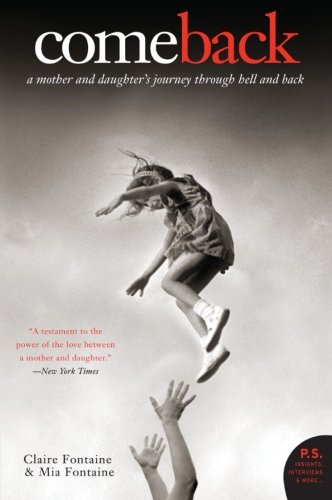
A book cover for Come Back: A Mother and Daughter's Journey Through Hell and Back (P.S.); Claire Fontaine; Parenting & Relationships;